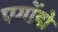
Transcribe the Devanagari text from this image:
पगोंडो